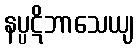
နပ္ပဋိဘာသေယျ